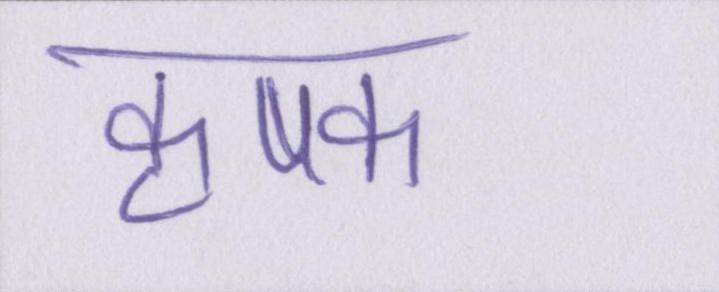
कृषक